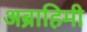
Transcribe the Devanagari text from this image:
अब्राहिमी